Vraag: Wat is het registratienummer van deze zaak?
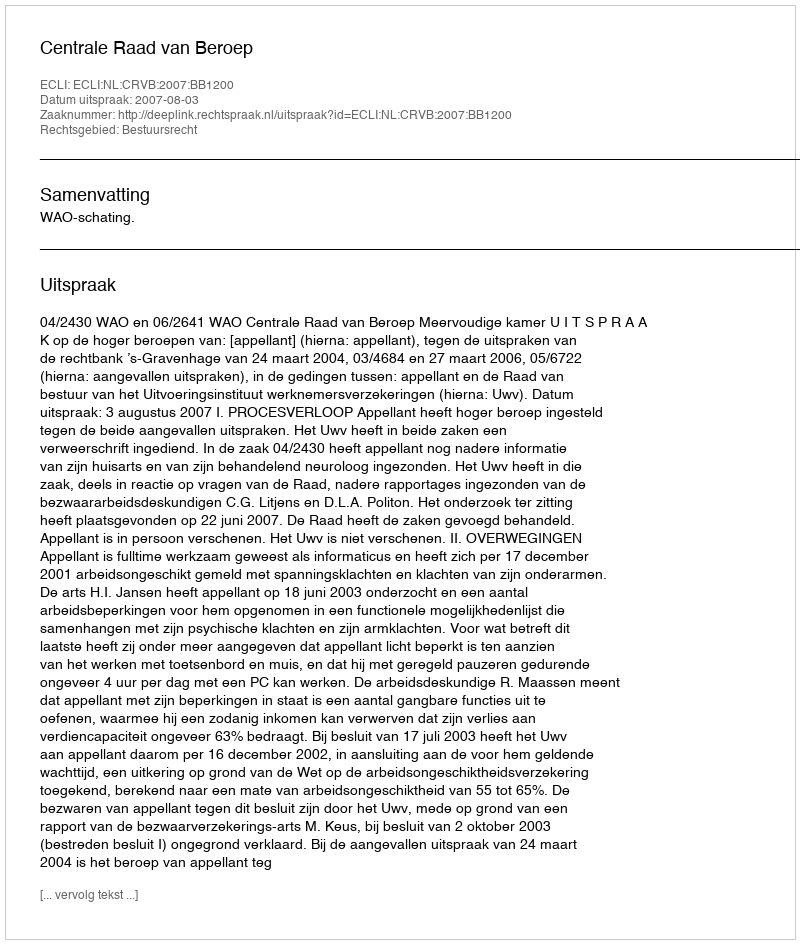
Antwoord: http://deeplink.rechtspraak.nl/uitspraak?id=ECLI:NL:CRVB:2007:BB1200